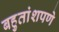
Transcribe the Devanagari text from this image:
बहुतांशपणे